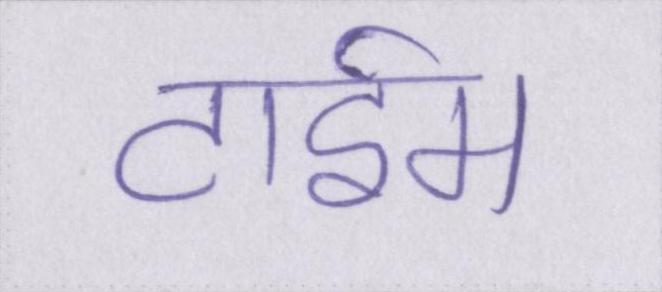
टाईम